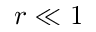
r \ll 1